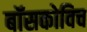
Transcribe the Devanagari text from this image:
बॉसकोविच